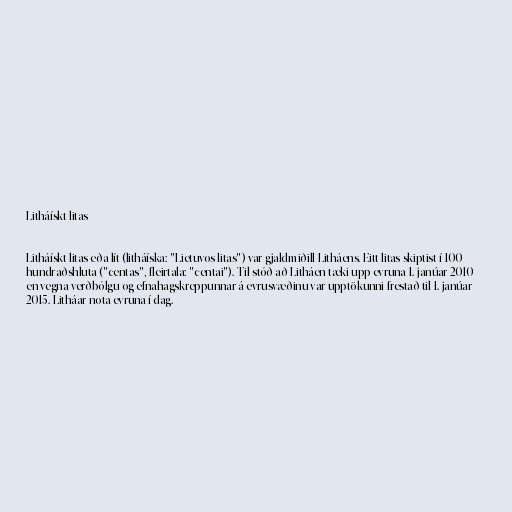
Litháískt litas

Litháískt litas eða lít (litháíska: "Lietuvos litas") var gjaldmiðill Litháens. Eitt litas skiptist í 100
hundraðshluta ("centas", fleirtala: "centai"). Til stóð að Litháen tæki upp evruna 1. janúar 2010
en vegna verðbólgu og efnahagskreppunnar á evrusvæðinu var upptökunni frestað til 1. janúar
2015. Litháar nota evruna í dag.